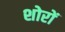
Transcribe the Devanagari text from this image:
शोरों